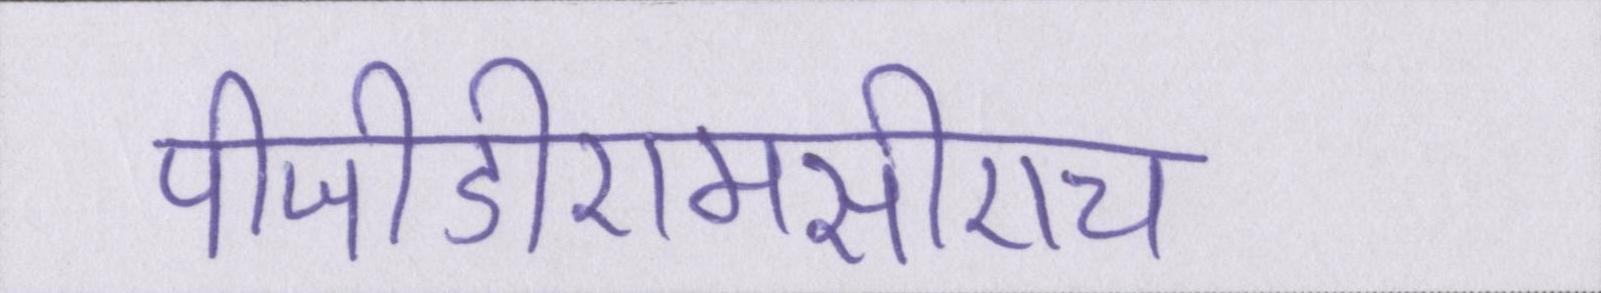
पीजीडीएमसीएच